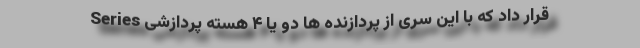
Series قرار داد که با این سری از پردازنده ها دو یا ۴ هسته پردازشی